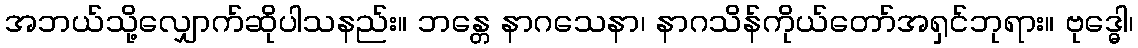
အဘယ်သို့လျှောက်ဆိုပါသနည်း။ ဘန္တေ နာဂသေနာ၊ နာဂသိန်ကိုယ်တော်အရှင်ဘုရား။ ဗုဒ္ဓေါ၊